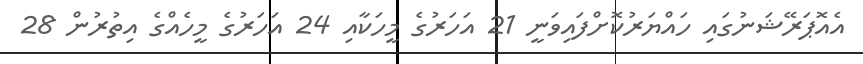
އެއޮޕަރޭޝަނުގައި ހައްޔަރުކޮށްފައިވަނީ 21 އަހަރުގެ މީހަކާއި 24 އަހަރުގެ މީހެއްގެ އިތުރުން 28